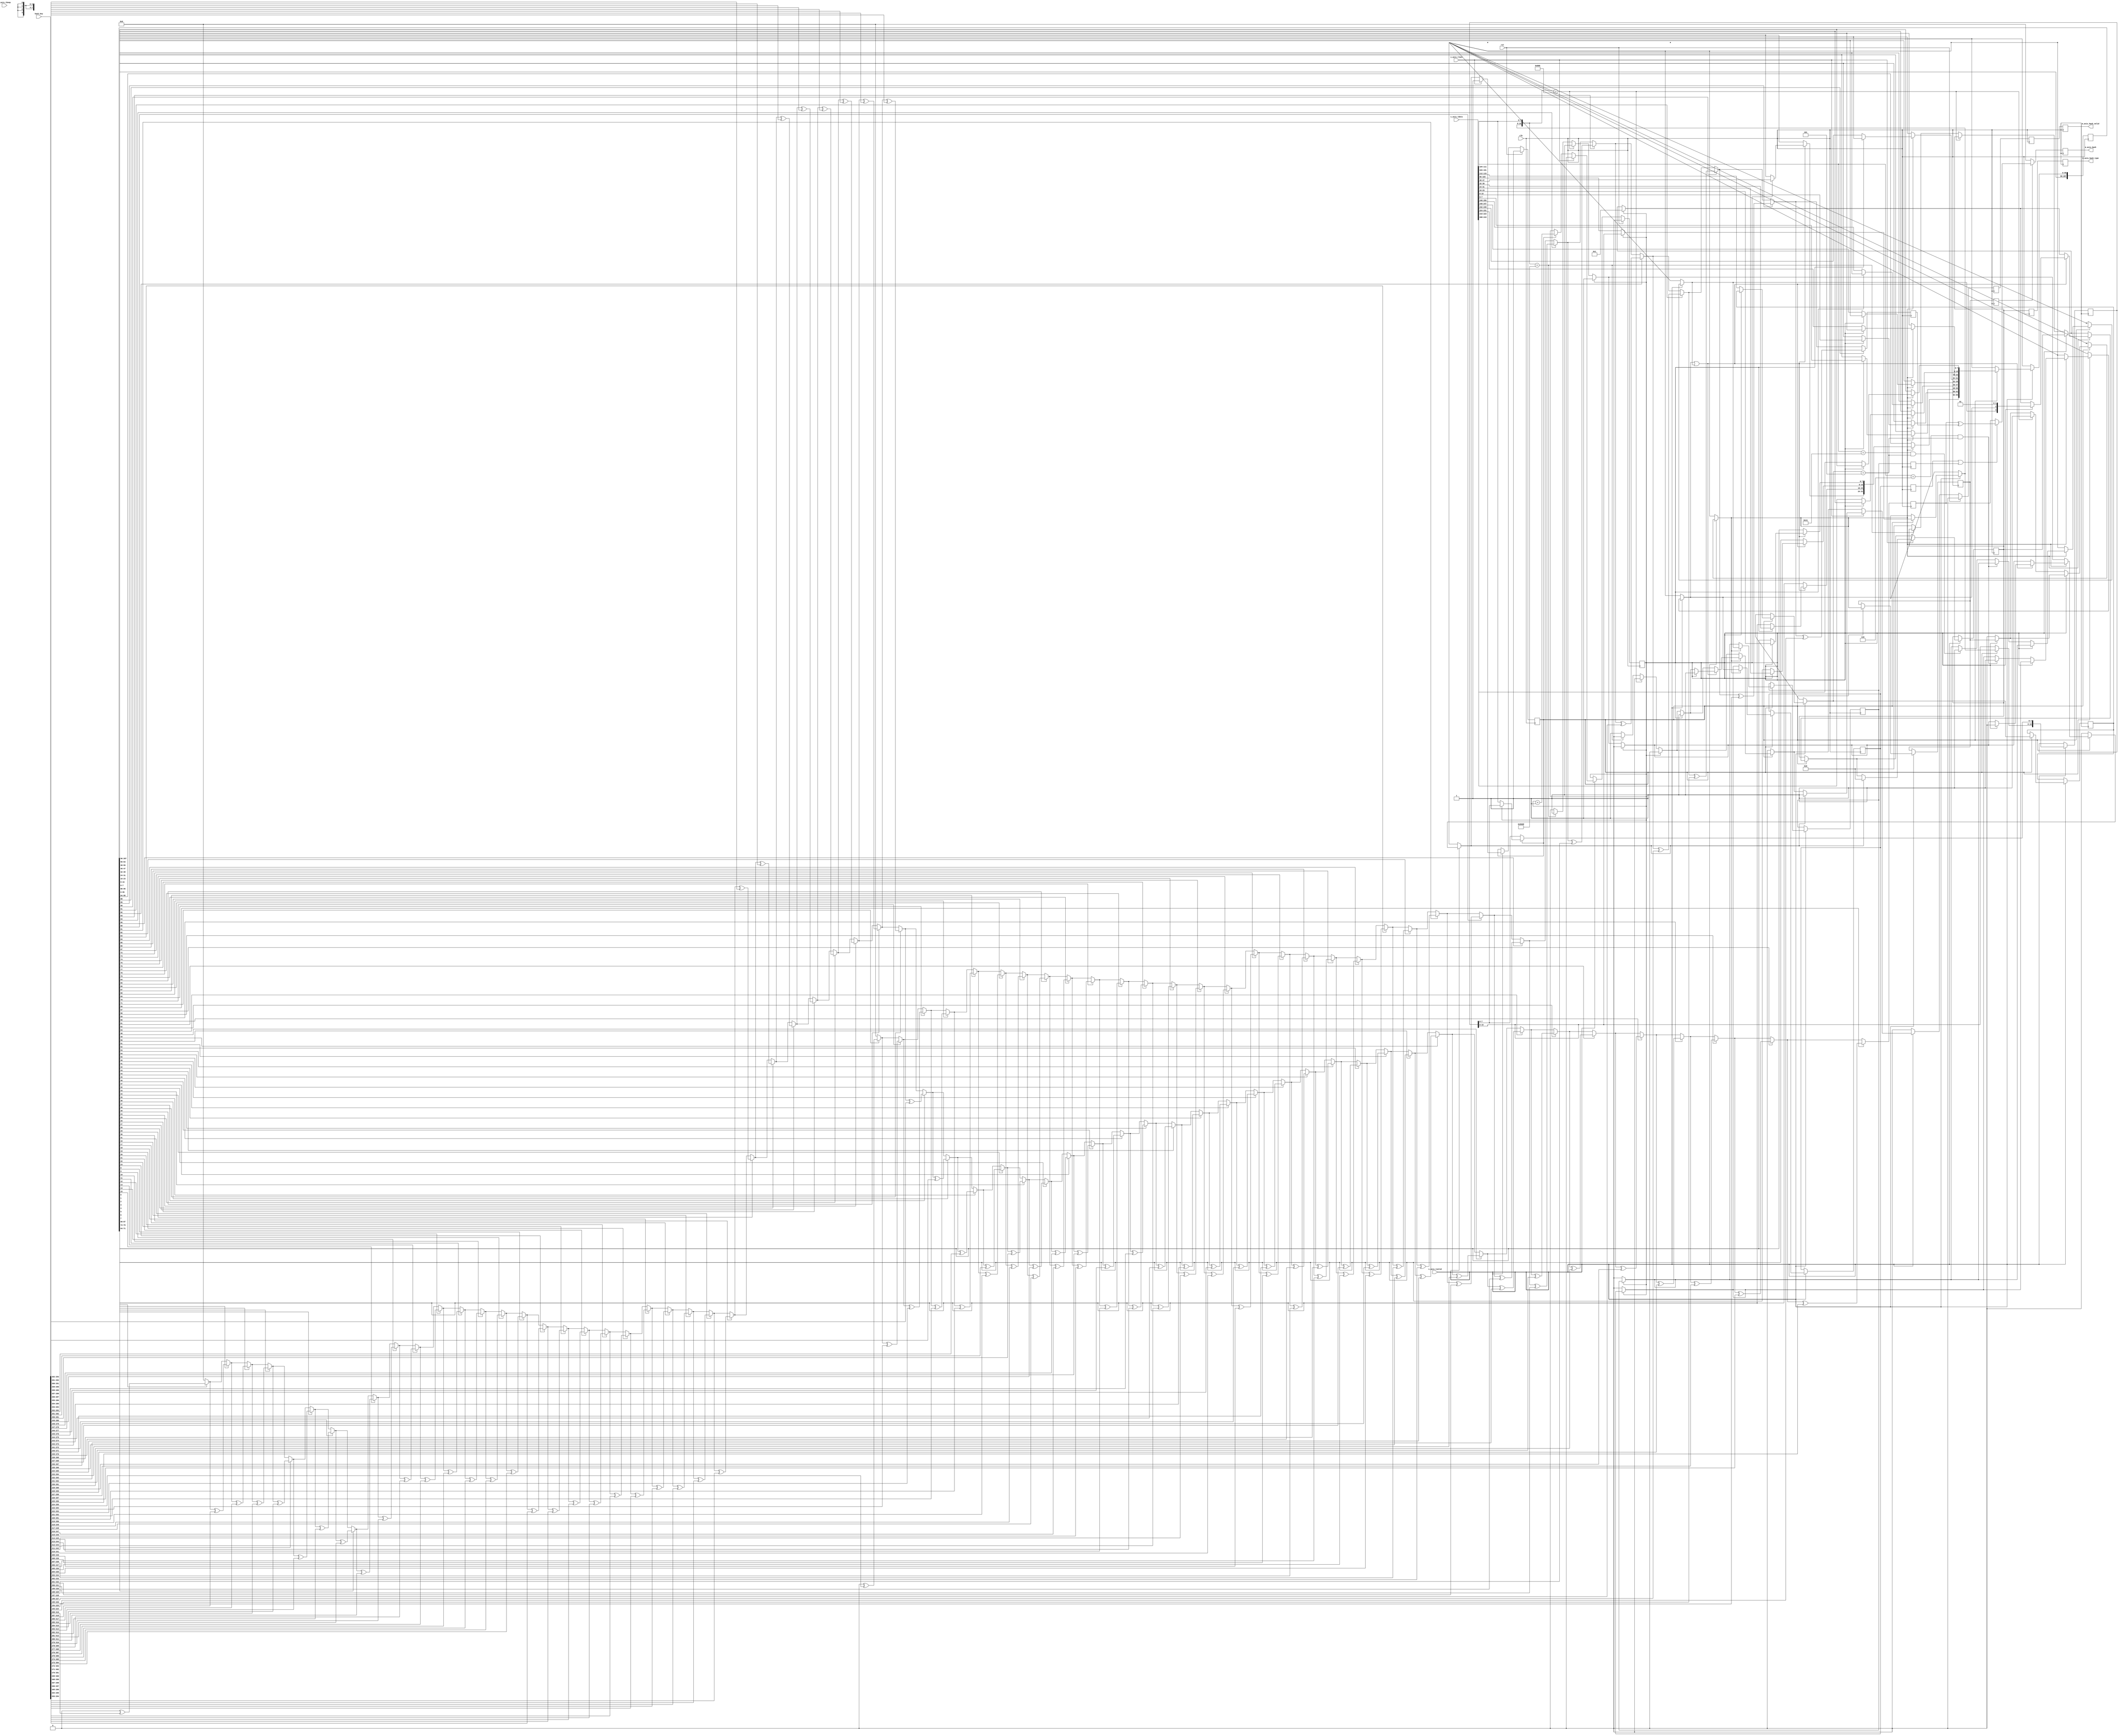
// This program was cloned from: https://github.com/simbricks/simbricks
// License: MIT License

/*

Copyright 2019, The Regents of the University of California.
All rights reserved.

Redistribution and use in source and binary forms, with or without
modification, are permitted provided that the following conditions are met:

   1. Redistributions of source code must retain the above copyright notice,
      this list of conditions and the following disclaimer.

   2. Redistributions in binary form must reproduce the above copyright notice,
      this list of conditions and the following disclaimer in the documentation
      and/or other materials provided with the distribution.

THIS SOFTWARE IS PROVIDED BY THE REGENTS OF THE UNIVERSITY OF CALIFORNIA ''AS
IS'' AND ANY EXPRESS OR IMPLIED WARRANTIES, INCLUDING, BUT NOT LIMITED TO, THE
IMPLIED WARRANTIES OF MERCHANTABILITY AND FITNESS FOR A PARTICULAR PURPOSE ARE
DISCLAIMED. IN NO EVENT SHALL THE REGENTS OF THE UNIVERSITY OF CALIFORNIA OR
CONTRIBUTORS BE LIABLE FOR ANY DIRECT, INDIRECT, INCIDENTAL, SPECIAL,
EXEMPLARY, OR CONSEQUENTIAL DAMAGES (INCLUDING, BUT NOT LIMITED TO, PROCUREMENT
OF SUBSTITUTE GOODS OR SERVICES; LOSS OF USE, DATA, OR PROFITS; OR BUSINESS
INTERRUPTION) HOWEVER CAUSED AND ON ANY THEORY OF LIABILITY, WHETHER IN
CONTRACT, STRICT LIABILITY, OR TORT (INCLUDING NEGLIGENCE OR OTHERWISE) ARISING
IN ANY WAY OUT OF THE USE OF THIS SOFTWARE, EVEN IF ADVISED OF THE POSSIBILITY
OF SUCH DAMAGE.

The views and conclusions contained in the software and documentation are those
of the authors and should not be interpreted as representing official policies,
either expressed or implied, of The Regents of the University of California.

*/

// Language: Verilog 2001

`timescale 1ns / 1ps

/*
 * Receive hashing module
 */
module rx_hash #
(
    // Width of AXI stream interfaces in bits
    parameter DATA_WIDTH = 256,
    // AXI stream tkeep signal width (words per cycle)
    parameter KEEP_WIDTH = (DATA_WIDTH/8)
)
(
    input  wire                   clk,
    input  wire                   rst,

    /*
     * AXI input
     */
    input  wire [DATA_WIDTH-1:0]  s_axis_tdata,
    input  wire [KEEP_WIDTH-1:0]  s_axis_tkeep,
    input  wire                   s_axis_tvalid,
    input  wire                   s_axis_tlast,

    /*
     * Control
     */
    input  wire [40*8-1:0]        hash_key,

    /*
     * Hash output
     */
    output wire [31:0]            m_axis_hash,
    output wire [3:0]             m_axis_hash_type,
    output wire                   m_axis_hash_valid
);

parameter CYCLE_COUNT = (38+KEEP_WIDTH-1)/KEEP_WIDTH;

parameter PTR_WIDTH = $clog2(CYCLE_COUNT);

// bus width assertions
initial begin
    if (KEEP_WIDTH * 8 != DATA_WIDTH) begin
        $error("Error: AXI stream interface requires byte (8-bit) granularity (instance %m)");
        $finish;
    end
end

/*

TCP/UDP Frame (IPv4)

 Field                       Length
 Destination MAC address     6 octets
 Source MAC address          6 octets
 Ethertype (0x0800)          2 octets
 Version (4)                 4 bits
 IHL (5-15)                  4 bits
 DSCP (0)                    6 bits
 ECN (0)                     2 bits
 length                      2 octets
 identification (0?)         2 octets
 flags (010)                 3 bits
 fragment offset (0)         13 bits
 time to live (64?)          1 octet
 protocol (6 or 17)          1 octet
 header checksum             2 octets
 source IP                   4 octets
 destination IP              4 octets
 options                     (IHL-5)*4 octets

 source port                 2 octets
 desination port             2 octets
 other fields + payload

TCP/UDP Frame (IPv6)

 Field                       Length
 Destination MAC address     6 octets
 Source MAC address          6 octets
 Ethertype (0x86dd)          2 octets
 Version (4)                 4 bits
 Traffic class               8 bits
 Flow label                  20 bits
 length                      2 octets
 next header (6 or 17)       1 octet
 hop limit                   1 octet
 source IP                   16 octets
 destination IP              16 octets

 source port                 2 octets
 desination port             2 octets
 other fields + payload

*/

reg active_reg = 1'b1, active_next;
reg [PTR_WIDTH-1:0] ptr_reg = 0, ptr_next;

reg [15:0] eth_type_reg = 15'd0, eth_type_next;
reg [3:0] ihl_reg = 4'd0, ihl_next;

reg [36*8-1:0] hash_data_reg = 0, hash_data_next;
reg hash_data_ipv4_reg = 1'b0, hash_data_ipv4_next;
reg hash_data_tcp_reg = 1'b0, hash_data_tcp_next;
reg hash_data_udp_reg = 1'b0, hash_data_udp_next;
reg [3:0] hash_data_type_reg = 4'b0000, hash_data_type_next;
reg hash_data_valid_reg = 0, hash_data_valid_next;

reg [31:0] hash_part_ipv4_ip_reg = 32'd0;
reg [31:0] hash_part_ipv4_port_reg = 32'd0;
reg hash_part_ipv4_reg = 0;
reg hash_part_tcp_reg = 0;
reg hash_part_udp_reg = 0;
reg [3:0] hash_part_type_reg = 4'b0000;
reg hash_part_valid_reg = 0;

reg [31:0] hash_reg = 32'd0;
reg [3:0] hash_type_reg = 4'b0000;
reg hash_valid_reg = 0;

assign m_axis_hash = hash_reg;
assign m_axis_hash_type = hash_type_reg;
assign m_axis_hash_valid = hash_valid_reg;

function [31:0] hash_toep(input [36*8-1:0] data, input [5:0] len, input [40*8-1:0] key);
    integer i, j;
    begin
        hash_toep = 0;
        for (i = 0; i < len; i = i + 1) begin
            for (j = 0; j < 8; j = j + 1) begin
                if (data[i*8 + (7-j)]) begin
                    hash_toep = hash_toep ^ key[40*8 - 32 - i*8 - j +: 32];
                end
            end
        end
    end
endfunction

// compute toeplitz hashes
wire [31:0] hash_part_ipv4_ip = hash_toep(hash_data_reg, 8, hash_key);
wire [31:0] hash_part_ipv4_port = hash_toep(hash_data_reg >> 8*8, 4, hash_key << 8*8);

always @* begin
    active_next = active_reg;
    ptr_next = ptr_reg;

    eth_type_next = eth_type_reg;
    ihl_next = ihl_reg;

    hash_data_next = hash_data_reg;
    hash_data_ipv4_next = hash_data_ipv4_reg;
    hash_data_tcp_next = hash_data_tcp_reg;
    hash_data_udp_next = hash_data_udp_reg;
    hash_data_type_next = hash_data_type_reg;
    hash_data_valid_next = 1'b0;

    if (s_axis_tvalid) begin
        if (active_reg) begin
            ptr_next = ptr_reg + 1;

            if (ptr_reg == 0) begin
                hash_data_ipv4_next = 1'b0;
                hash_data_tcp_next = 1'b0;
                hash_data_udp_next = 1'b0;
            end
            if (ptr_reg == 12/KEEP_WIDTH) begin
                // eth type MSB
                eth_type_next[15:8] = s_axis_tdata[(12%KEEP_WIDTH)*8 +: 8];
            end
            if (ptr_reg == 13/KEEP_WIDTH) begin
                // eth type LSB
                eth_type_next[7:0] = s_axis_tdata[(13%KEEP_WIDTH)*8 +: 8];

                // check eth type
                if (eth_type_next == 16'h0800) begin
                    // ipv4
                    hash_data_ipv4_next = 1'b1;
                end else if (eth_type_next == 16'h86dd) begin
                    // ipv6
                    // TODO
                end else begin
                    // other
                    hash_data_type_next = 4'b0000;
                    hash_data_valid_next = 1'b1;
                    active_next = 1'b0;
                end
            end
            if (ptr_reg == 14/KEEP_WIDTH) begin
                // capture IHL
                ihl_next = s_axis_tdata[(14%KEEP_WIDTH)*8 +: 8];
            end
            if (hash_data_ipv4_next) begin
                if (ptr_reg == 23/KEEP_WIDTH) begin
                    // capture protocol
                    if (s_axis_tdata[(23%KEEP_WIDTH)*8 +: 8] == 8'h06 && ihl_next == 5) begin
                        // TCP
                        hash_data_tcp_next = 1'b1;
                    end else if (s_axis_tdata[(23%KEEP_WIDTH)*8 +: 8] == 8'h11 && ihl_next == 5) begin
                        // UDP
                        hash_data_udp_next = 1'b1;
                    end
                end
                if (ptr_reg == 26/KEEP_WIDTH) begin
                    // capture source IP
                    hash_data_next[7:0] = s_axis_tdata[(26%KEEP_WIDTH)*8 +: 8];
                end
                if (ptr_reg == 27/KEEP_WIDTH) begin
                    // capture source IP
                    hash_data_next[15:8] = s_axis_tdata[(27%KEEP_WIDTH)*8 +: 8];
                end
                if (ptr_reg == 28/KEEP_WIDTH) begin
                    // capture source IP
                    hash_data_next[23:16] = s_axis_tdata[(28%KEEP_WIDTH)*8 +: 8];
                end
                if (ptr_reg == 29/KEEP_WIDTH) begin
                    // capture source IP
                    hash_data_next[31:24] = s_axis_tdata[(29%KEEP_WIDTH)*8 +: 8];
                end
                if (ptr_reg == 30/KEEP_WIDTH) begin
                    // capture dest IP
                    hash_data_next[39:32] = s_axis_tdata[(30%KEEP_WIDTH)*8 +: 8];
                end
                if (ptr_reg == 31/KEEP_WIDTH) begin
                    // capture dest IP
                    hash_data_next[47:40] = s_axis_tdata[(31%KEEP_WIDTH)*8 +: 8];
                end
                if (ptr_reg == 32/KEEP_WIDTH) begin
                    // capture dest IP
                    hash_data_next[55:48] = s_axis_tdata[(32%KEEP_WIDTH)*8 +: 8];
                end
                if (ptr_reg == 33/KEEP_WIDTH) begin
                    // capture dest IP
                    hash_data_next[63:56] = s_axis_tdata[(33%KEEP_WIDTH)*8 +: 8];
                    if (!(hash_data_tcp_next || hash_data_udp_next)) begin
                        hash_data_type_next = {1'b0, 1'b0, 1'b0, 1'b1};
                        hash_data_valid_next = 1'b1;
                        active_next = 1'b0;
                    end
                end
                if (hash_data_tcp_next || hash_data_udp_next) begin
                    // TODO IHL (skip options)
                    if (ptr_reg == 34/KEEP_WIDTH) begin
                        // capture source port
                        hash_data_next[71:64] = s_axis_tdata[(34%KEEP_WIDTH)*8 +: 8];
                    end
                    if (ptr_reg == 35/KEEP_WIDTH) begin
                        // capture source port
                        hash_data_next[79:72] = s_axis_tdata[(35%KEEP_WIDTH)*8 +: 8];
                    end
                    if (ptr_reg == 36/KEEP_WIDTH) begin
                        // capture dest port
                        hash_data_next[87:80] = s_axis_tdata[(36%KEEP_WIDTH)*8 +: 8];
                    end
                    if (ptr_reg == 37/KEEP_WIDTH) begin
                        // capture dest port
                        hash_data_next[95:88] = s_axis_tdata[(37%KEEP_WIDTH)*8 +: 8];
                        hash_data_type_next = {hash_data_udp_next, hash_data_tcp_next, 1'b0, 1'b1};
                        hash_data_valid_next = 1'b1;
                        active_next = 1'b0;
                    end
                end
            end
        end

        if (s_axis_tlast) begin
            if (active_next) begin
                hash_data_type_next = 4'b0000;
                hash_data_valid_next = 1'b1;
            end
            ptr_next = 0;
            active_next = 1'b1;
        end
    end
end

always @(posedge clk) begin
    active_reg <= active_next;
    ptr_reg <= ptr_next;

    eth_type_reg <= eth_type_next;
    ihl_reg <= ihl_next;

    hash_data_reg <= hash_data_next;
    hash_data_ipv4_reg <= hash_data_ipv4_next;
    hash_data_tcp_reg <= hash_data_tcp_next;
    hash_data_udp_reg <= hash_data_udp_next;
    hash_data_type_reg <= hash_data_type_next;
    hash_data_valid_reg <= hash_data_valid_next;

    hash_part_ipv4_ip_reg <= hash_part_ipv4_ip;
    hash_part_ipv4_port_reg <= hash_part_ipv4_port;
    hash_part_ipv4_reg <= hash_data_ipv4_reg;
    hash_part_tcp_reg <= hash_data_tcp_reg;
    hash_part_udp_reg <= hash_data_udp_reg;
    hash_part_type_reg <= hash_data_type_reg;
    hash_part_valid_reg <= hash_data_valid_reg;

    if (hash_part_ipv4_reg) begin
        if (hash_part_tcp_reg || hash_part_udp_reg) begin
            hash_reg <= hash_part_ipv4_ip_reg ^ hash_part_ipv4_port_reg;
        end else begin
            hash_reg <= hash_part_ipv4_ip_reg;
        end
    end else begin
        hash_reg <= 0;
    end
    hash_type_reg <= hash_part_type_reg;
    hash_valid_reg <= hash_part_valid_reg;

    if (rst) begin
        active_reg <= 1'b1;
        ptr_reg <= 0;
        hash_data_valid_reg <= 0;
    end
end

endmodule